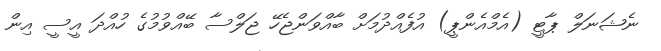
ނެޝަނަލް ޕާޓީ (އެމްއެންޕީ) އުފެއްދުމަށް ބާއްވަންޖެހޭ ޖަލްސާ ބޭއްވުމުގެ ހުއްދަ އީސީ އިން